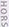
HORS